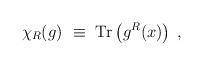
LaTeX: \begin{align*}\chi_R(g)~\equiv~{\rm Tr}\left( g^R(x) \right) \; ,\end{align*}